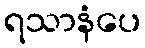
ရသာနံပေ